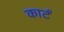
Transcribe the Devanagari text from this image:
कार्टं